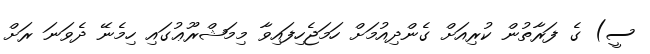
ސީ) ގެ ފަރާތުން ކުރިއަށް ގެންދިއުމަށް ހަމަޖެހިފައިވާ މިމަޝްރޫޢުގައި ހިމެނޭ ދެވަނަ ރަށް